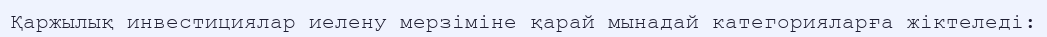
Қаржылық инвестициялар иелену мерзіміне қарай мынадай категорияларға жіктеледі: